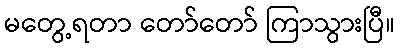
မတွေ့ရတာ တော်တော် ကြာသွားပြီ။